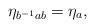
LaTeX: \begin{align*}\eta_{b^{-1}ab}=\eta_a,\end{align*}